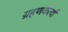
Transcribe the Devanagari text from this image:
ग्रहणकर्त्या